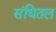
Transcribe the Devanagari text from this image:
संधितल